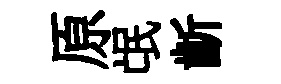
原氓齗